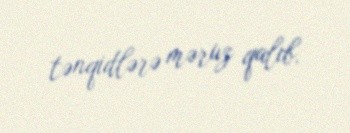
tənqidlərə məruz qalıb.